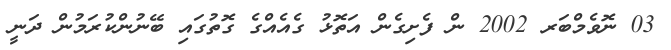
03 ނޮވެމްބަރ 2002 ން ފެށިގެން އަތޮޅު ގެއެއްގެ ގޮތުގައި ބޭނުންކުރަމުން ދަނީ